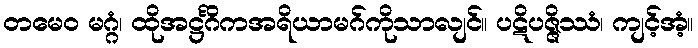
တမေဝ မဂ္ဂံ၊ ထိုအဋ္ဌင်္ဂိကအရိယာမဂ်ကိုသာလျင်။ ပဋိပဇ္ဇိဿံ၊ ကျင့်အံ့။